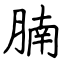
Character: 腩